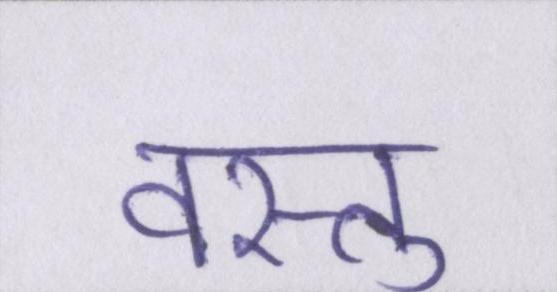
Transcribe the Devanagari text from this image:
वस्तु